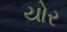
યોર